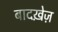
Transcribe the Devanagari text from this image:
बादख़ेज़